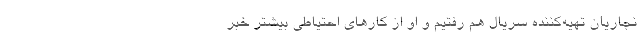
نجاریان تهیه‌کننده سریال هم رفتیم و او از کارهای احتیاطی بیشتر خبر